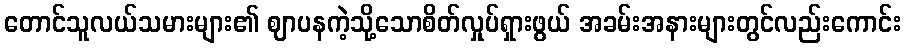
တောင်သူလယ်သမားများ၏ ဈာပနကဲ့သို့သောစိတ်လှုပ်ရှားဖွယ် အခမ်းအနားများတွင်လည်းကောင်း